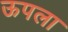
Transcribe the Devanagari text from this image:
ऊपला